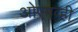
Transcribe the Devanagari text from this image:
ओएमव्ही